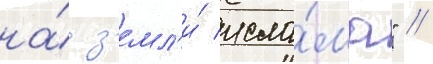
на́ з'емл'и́ исла́ма" //